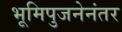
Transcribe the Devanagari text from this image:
भूमिपुजनेनंतर